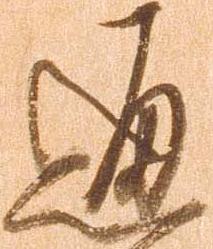
通